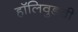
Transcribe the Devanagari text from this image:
हॉलिवुडची